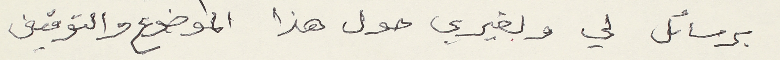
برسائل لي ولغيري حول هذا الموضوع والتوقيف عام